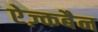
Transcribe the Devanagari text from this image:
ऐज़्कबैन